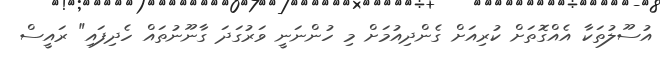
އުސޫލުތަކާ އެއްގޮތަށް ކުރިއަށް ގެންދިއުމަށް މި ހުންނަނީ ވަރުގަދަ ގާނޫނުތައް ހެދިފައި" ރައީސް